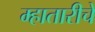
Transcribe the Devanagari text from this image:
म्हातारीचे